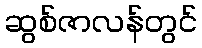
ဆွစ်ဇာလန်တွင်